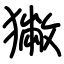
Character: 獙